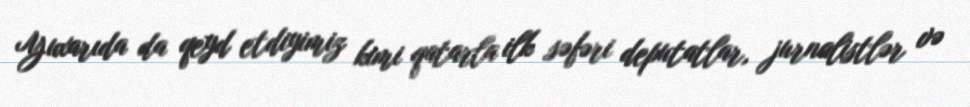
Yuxarıda da qeyd etdiyimiz kimi qatarla ilk səfəri deputatlar, jurnalistlər və